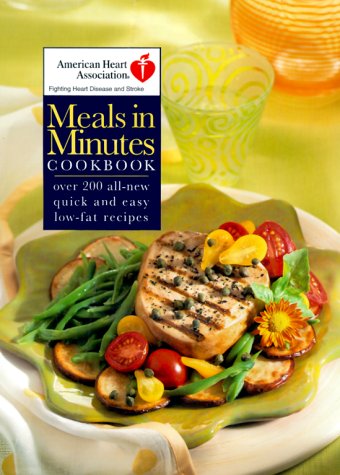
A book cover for American Heart Association Meals in Minutes; The American Heart Association; Health, Fitness & Dieting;